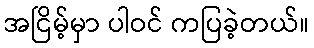
အငြိမ့်မှာ ပါဝင် ကပြခဲ့တယ်။